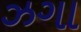
ઝગા